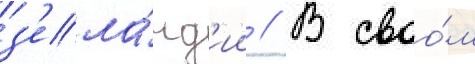
з'ела́нд'ии // В своо́м